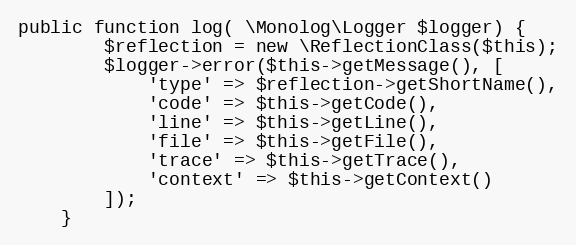
Language: PHP
public function log( \Monolog\Logger $logger) {
        $reflection = new \ReflectionClass($this);
        $logger->error($this->getMessage(), [
            'type' => $reflection->getShortName(),
            'code' => $this->getCode(),
            'line' => $this->getLine(),
            'file' => $this->getFile(),
            'trace' => $this->getTrace(),
            'context' => $this->getContext()
        ]);
    }